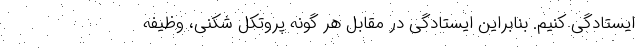
ایستادگی کنیم. بنابراین ایستادگی در مقابل هر گونه پروتکل شکنی، وظیفه